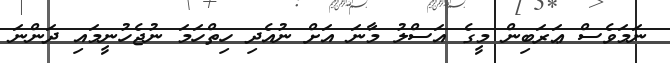
ނަމަވެސް ޢަރަބިން މީގެ އަސްލު މާނަ އަށް ނުއެދި ހިތްހަމަ ނުޖެހުނީމައި ދަންނަ